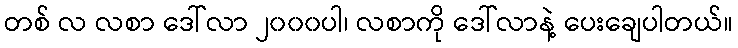
တစ် လ လစာ ဒေါ်လာ ၂၀၀၀ပါ၊ လစာကို ဒေါ်လာနဲ့ ပေးချေပါတယ်။